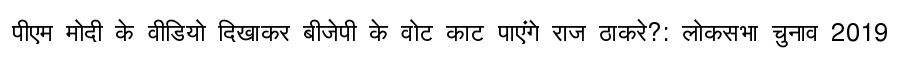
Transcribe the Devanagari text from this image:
पीएम मोदी के वीडियो दिखाकर बीजेपी के वोट काट पाएंगे राज ठाकरे?: लोकसभा चुनाव 2019